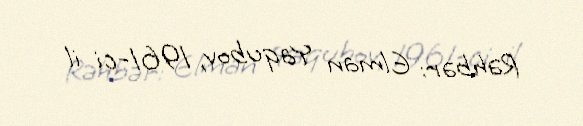
Rəhbər: Elman Yaqubov, 1961-ci il